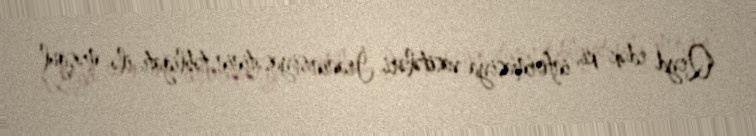
Qeyd edək ki, informasiya vasitələri İranın siyasətinin təbliğatı ilə məşğul